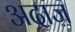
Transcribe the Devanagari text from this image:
अदाज